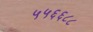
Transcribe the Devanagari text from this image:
५५६६८८